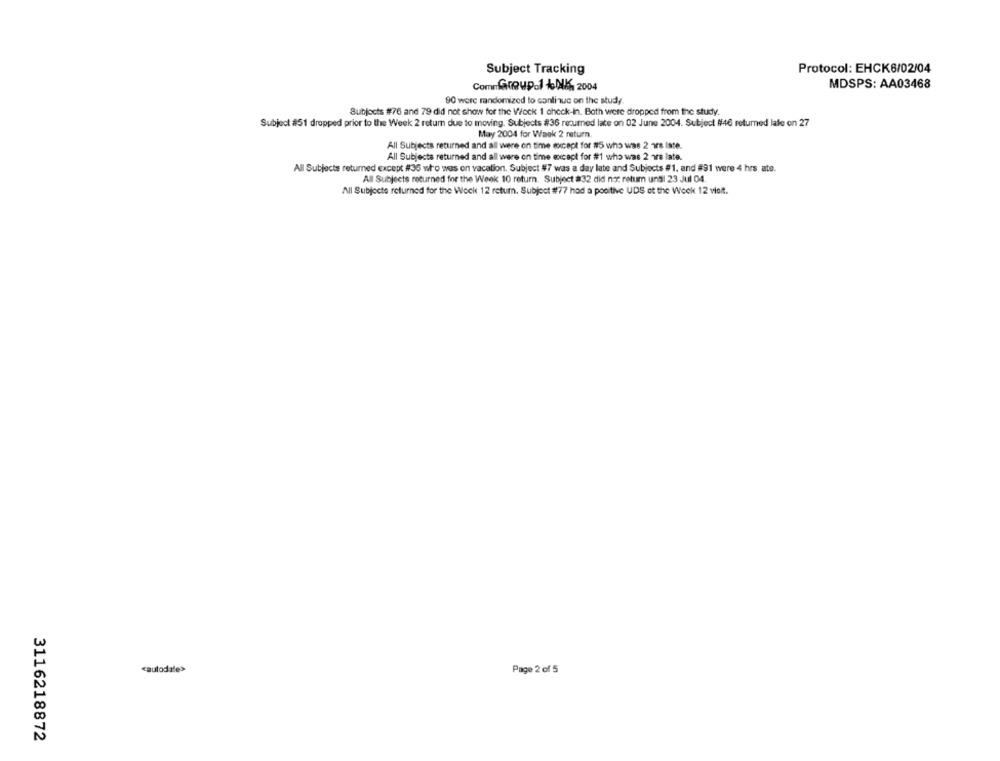
Protocol: EHCK6/02/04
Subject Tracking
ComnGroupol KAS 2004
MDSPS: AA03468
90 wore randomized to continue on the study
Subjects #76 and 79 did not show for the Wock 1 check-in. Both were dropped from the study.
Subject #51 dropped prior to the Week 2 return due to moving. Subjects #36 returned late on 02 June 2004. Subject #46 returned late on 27
May 2004 for Waak 2 return
All Subjects returned and all were on time except for #5 who was 2 1r8 iste.
All Subjects returned and all were on time except for #1 who was 2 ore late.
All Subjects returned except #36 who was on vacation. Subject #7 was a day late and Subjects #1, and #91 were 4 hrs ate.
All Subjects returned for the Week 10 return. Subject #32 did not ratum unsl 23 Jul 04.
All Subjecte returned for the Wock 12 return. Subject #77 had a positive UDS of the Week 12 viet.
cautodate>
Page 2 of 5
3116218872